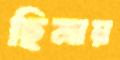
ছিনায়